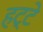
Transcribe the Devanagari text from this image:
हट्टे